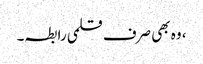
، وہ بھی صرف قلمی رابطہ۔